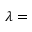
\lambda =